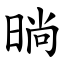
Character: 㫾